Annual administration and progress report of the Indian Medical Department, Bombay
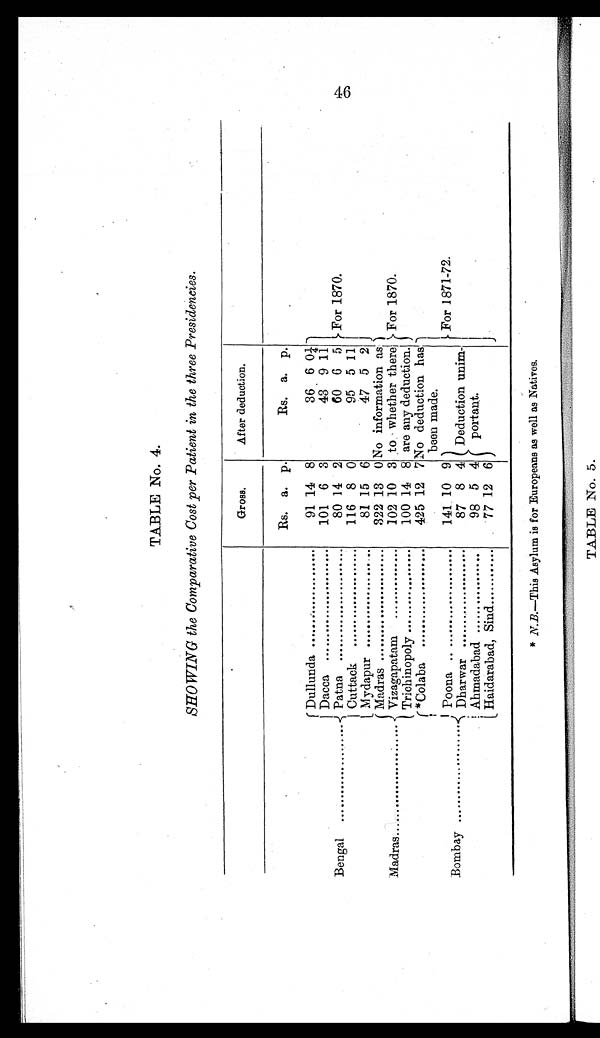
TABLE No. 4.
SHOWING the Comparative Cost per Patient in the three Presidencies.
Gross.
After deduction.
Rs. a. p.
Rs. a. p.
Bengal .....................
Dullunda .....................
91 14 8
36 6 0¼
For 1870.
46
Dacca . . . . . . . . . . . . . . . . . . . . . . . .
101 6 3
43 9 11
Patna ........................
80 14 2
60 6 5
Cuttack .....................
116 8 0
95 5 11
Mydapur .....................
81 15 6
47 5 2
Madras ........................
Madras ........................
322 13 0 No information as
to whether there
are any deduction.
For 1870.
Vizagapatam ...............
102 10 3
Trichinopoly ..................
100 14 8
Bombay .....................
*Colaba .....................
425 12 7 No deduction has
been made.
For 1871-72.
Poona .......................
141 10 9
Deduction unim-
portant.
Dharwar .....................
87 8 4
Ahmadabad .................
98 5 4
Haidarabad, Sind ............
77 12 6
* N. B.—This Asylum is for Europeans as well as Natives.